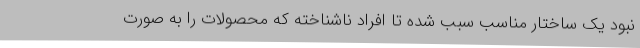
نبود یک ساختار مناسب سبب شده تا افراد ناشناخته که محصولات را به صورت